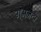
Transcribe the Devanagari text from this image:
गमजदा